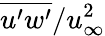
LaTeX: \overline{{u^{\prime}w^{\prime}}}/u_{\infty}^{2}